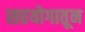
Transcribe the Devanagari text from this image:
सहयोगातून